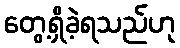
တွေ့ရှိခဲ့ရသည်ဟု